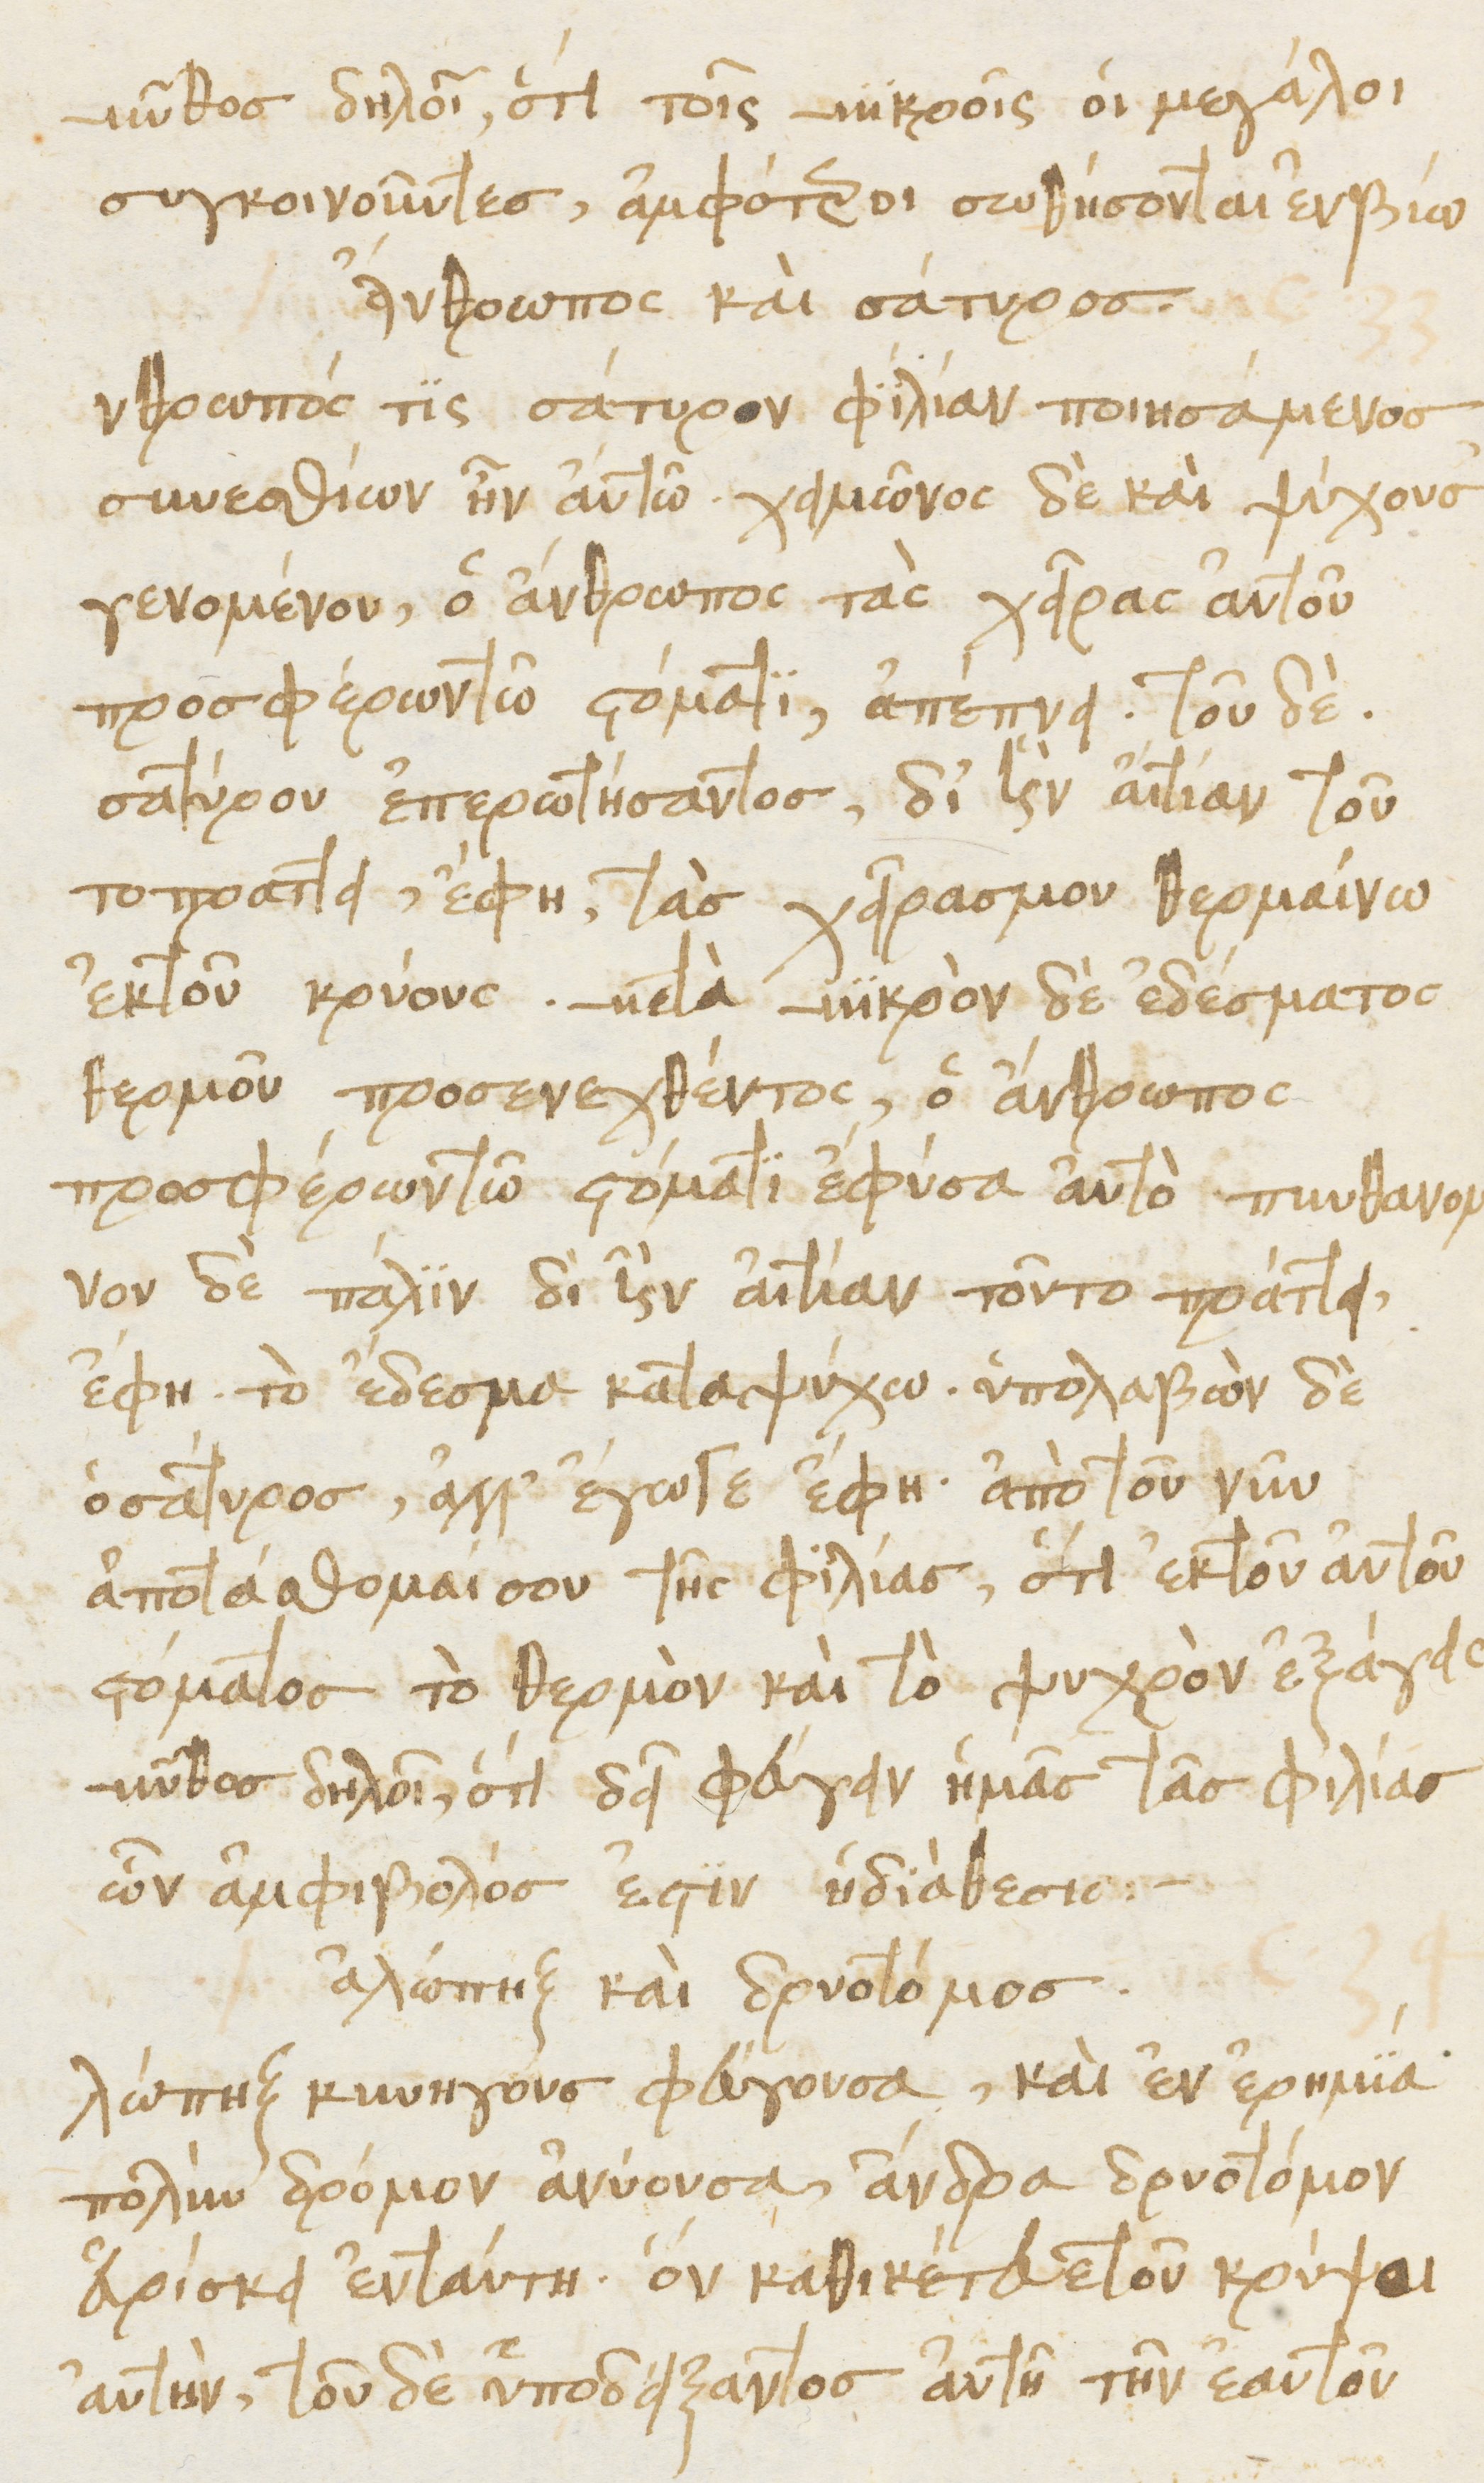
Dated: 1476–1506